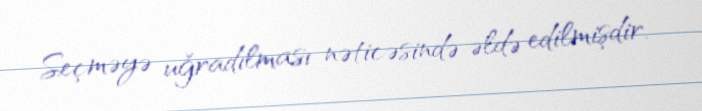
Seçməyə uğradılması nəticəsində əldə edilmişdir.